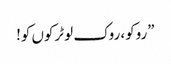
”روکو، روک لو ٹرکوں کو!